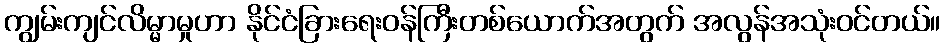
ကျွမ်းကျင်လိမ္မာမှုဟာ နိုင်ငံခြားရေးဝန်ကြီးတစ်ယောက်အတွက် အလွန်အသုံးဝင်တယ်။